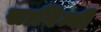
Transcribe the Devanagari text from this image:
साविम्बी